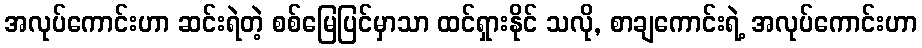
အလုပ်ကောင်းဟာ ဆင်းရဲတဲ့ စစ်မြေပြင်မှာသာ ထင်ရှားနိုင် သလို, စာချကောင်းရဲ့ အလုပ်ကောင်းဟာ